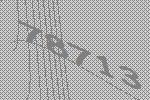
78713